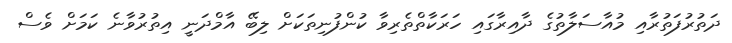
ދަތުރުފަތުރާއި މުއާސަލާތުގެ ދާއިރާގައި ހަރަކާތްތެރިވާ ކުންފުނިތަކަށް ލިބޭ އާމްދަނީ އިތުރުވާނެ ކަމަށް ވެސް